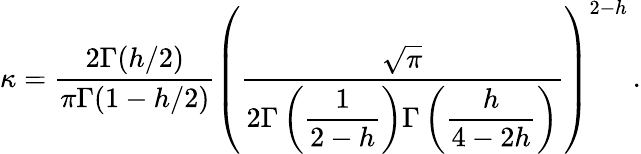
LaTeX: \kappa=\displaystyle\frac{2\Gamma(h/2)}{\pi\Gamma(1-h/2)}\left(\displaystyle\frac{\sqrt{\pi}}{2\Gamma\left(\displaystyle\frac{1}{2-h}\right)\Gamma\left(\displaystyle\frac{h}{4-2h}\right)}\right)^{2-h}\, .